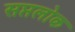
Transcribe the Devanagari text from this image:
सप्तलोक